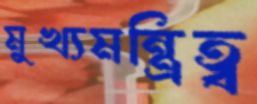
মুখ্যমন্ত্রিত্ব